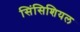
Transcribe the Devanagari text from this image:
सिंसिशियल